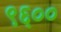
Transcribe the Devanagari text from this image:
९६००